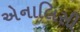
એનાલિસી